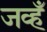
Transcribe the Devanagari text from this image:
जव्हँ